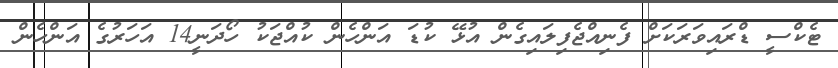
ޓެކްސީ ޑްރައިވަރަކަށް ފެނިއްޖެފިލައިގެން އުޅޭ ކުޑަ އަންހެން ކުއްޖަކު ހޯދަނީ14 އަހަރުގެ އަންހެން